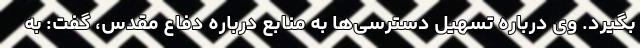
بگیرد. وی درباره تسهیل دسترسی‌ها به منابع درباره دفاع مقدس، گفت: به